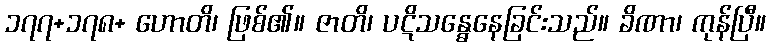
၁၇၇+၁၇၈+ ဟောတိ၊ ဖြစ်၏။ ဇာတိ၊ ပဋိသန္ဓေနေခြင်းသည်။ ခိဏာ၊ ကုန်ပြီ။